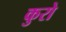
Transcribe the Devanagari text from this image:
कुरो